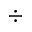
\div